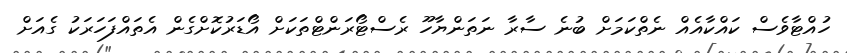
ހުއްޓާވެސް ކައްކާއެއް ނެތްކަމަށް ބުނެ ސާރާ ނަތަންޔާހޫ ރެސްޓޯރަންޓްތަކަށް އޯޑަރުކޮށްގެން އެތައްފަހަރަކު ގެއަށް